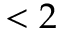
< 2